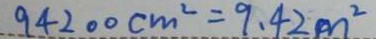
9 4 2 0 0 c m ^ { 2 } = 9 . 4 2 m ^ { 2 }